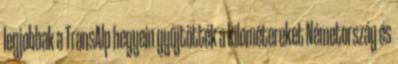
legjobbak a TransAlp hegyein gyűjtötték a kilométereket Németország és